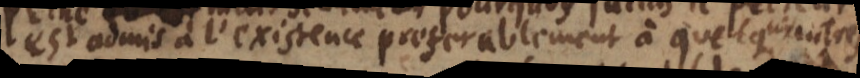
est admis à l’existence preferablement à quelques